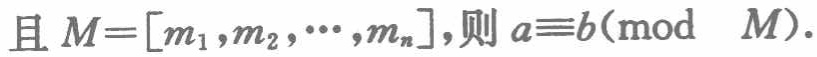
且 \(M = [m_1,m_2,\cdots,m_n]\)，则 \(a\equiv b(\bmod\ M)\)。